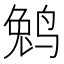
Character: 𱊆